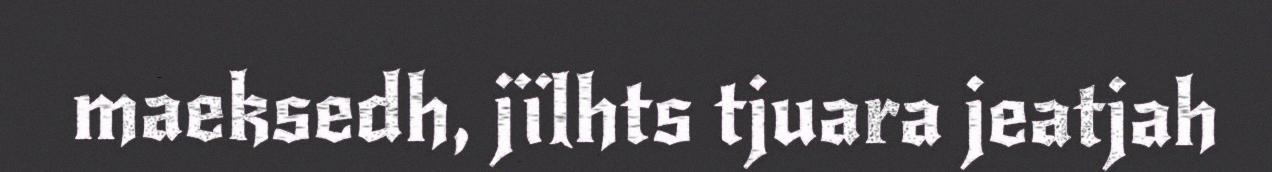
maeksedh, jïlhts tjuara jeatjah